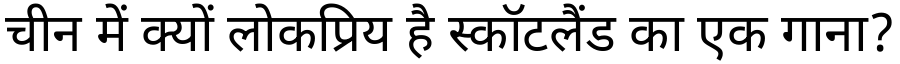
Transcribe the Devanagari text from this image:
चीन में क्यों लोकप्रिय है स्कॉटलैंड का एक गाना?